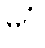
မဂ္ဂံ